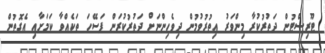
ޓޫރިސްޓުން ދަތުރުކުރާ މިންވަރު އިތުރުވުމުން ދިވެހިންނަށް ދަތުރުކުރަން ފަސޭހަ ތަކެއްވާ ކަމަށާއި އެގޮތުން